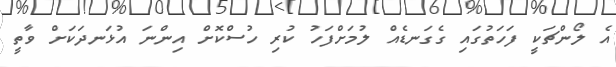
އެ ލޯންޗަކީ ފަހަތުގައި ގެގަނޑެއް ލުމަށްފަހު ކުރި ހުސްކޮށް އިންނަ އުޅަނދަކަށް ވާތީ